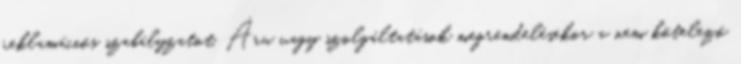
reklamációs szabályzatot. Áru vagy szolgáltatások megrendelésekor a nem kötelező